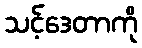
သင့်ဒေတာကို